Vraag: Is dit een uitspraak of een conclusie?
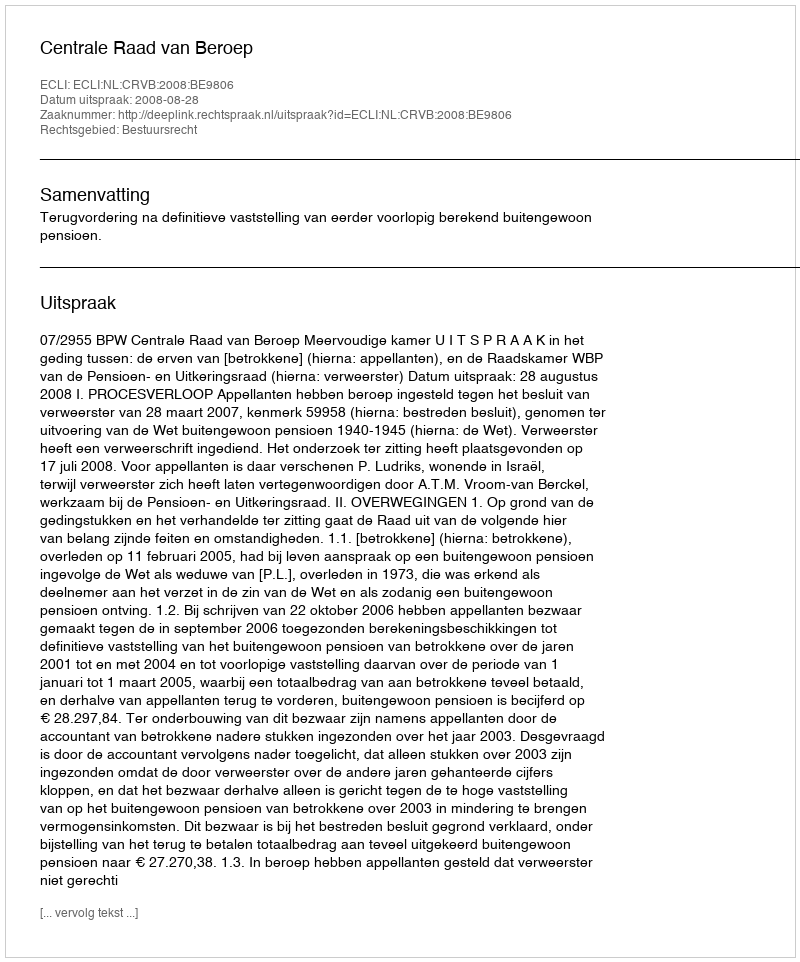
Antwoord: Uitspraak